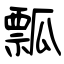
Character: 瓢